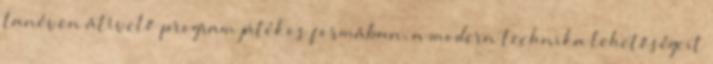
tanéven átívelő program játékos formában, a modern technika lehetőségeit